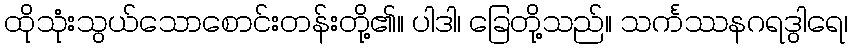
ထိုသုံးသွယ်သောစောင်းတန်းတို့၏။ ပါဒါ၊ ခြေတို့သည်။ သင်္ကဿနဂရဒွါရေ၊